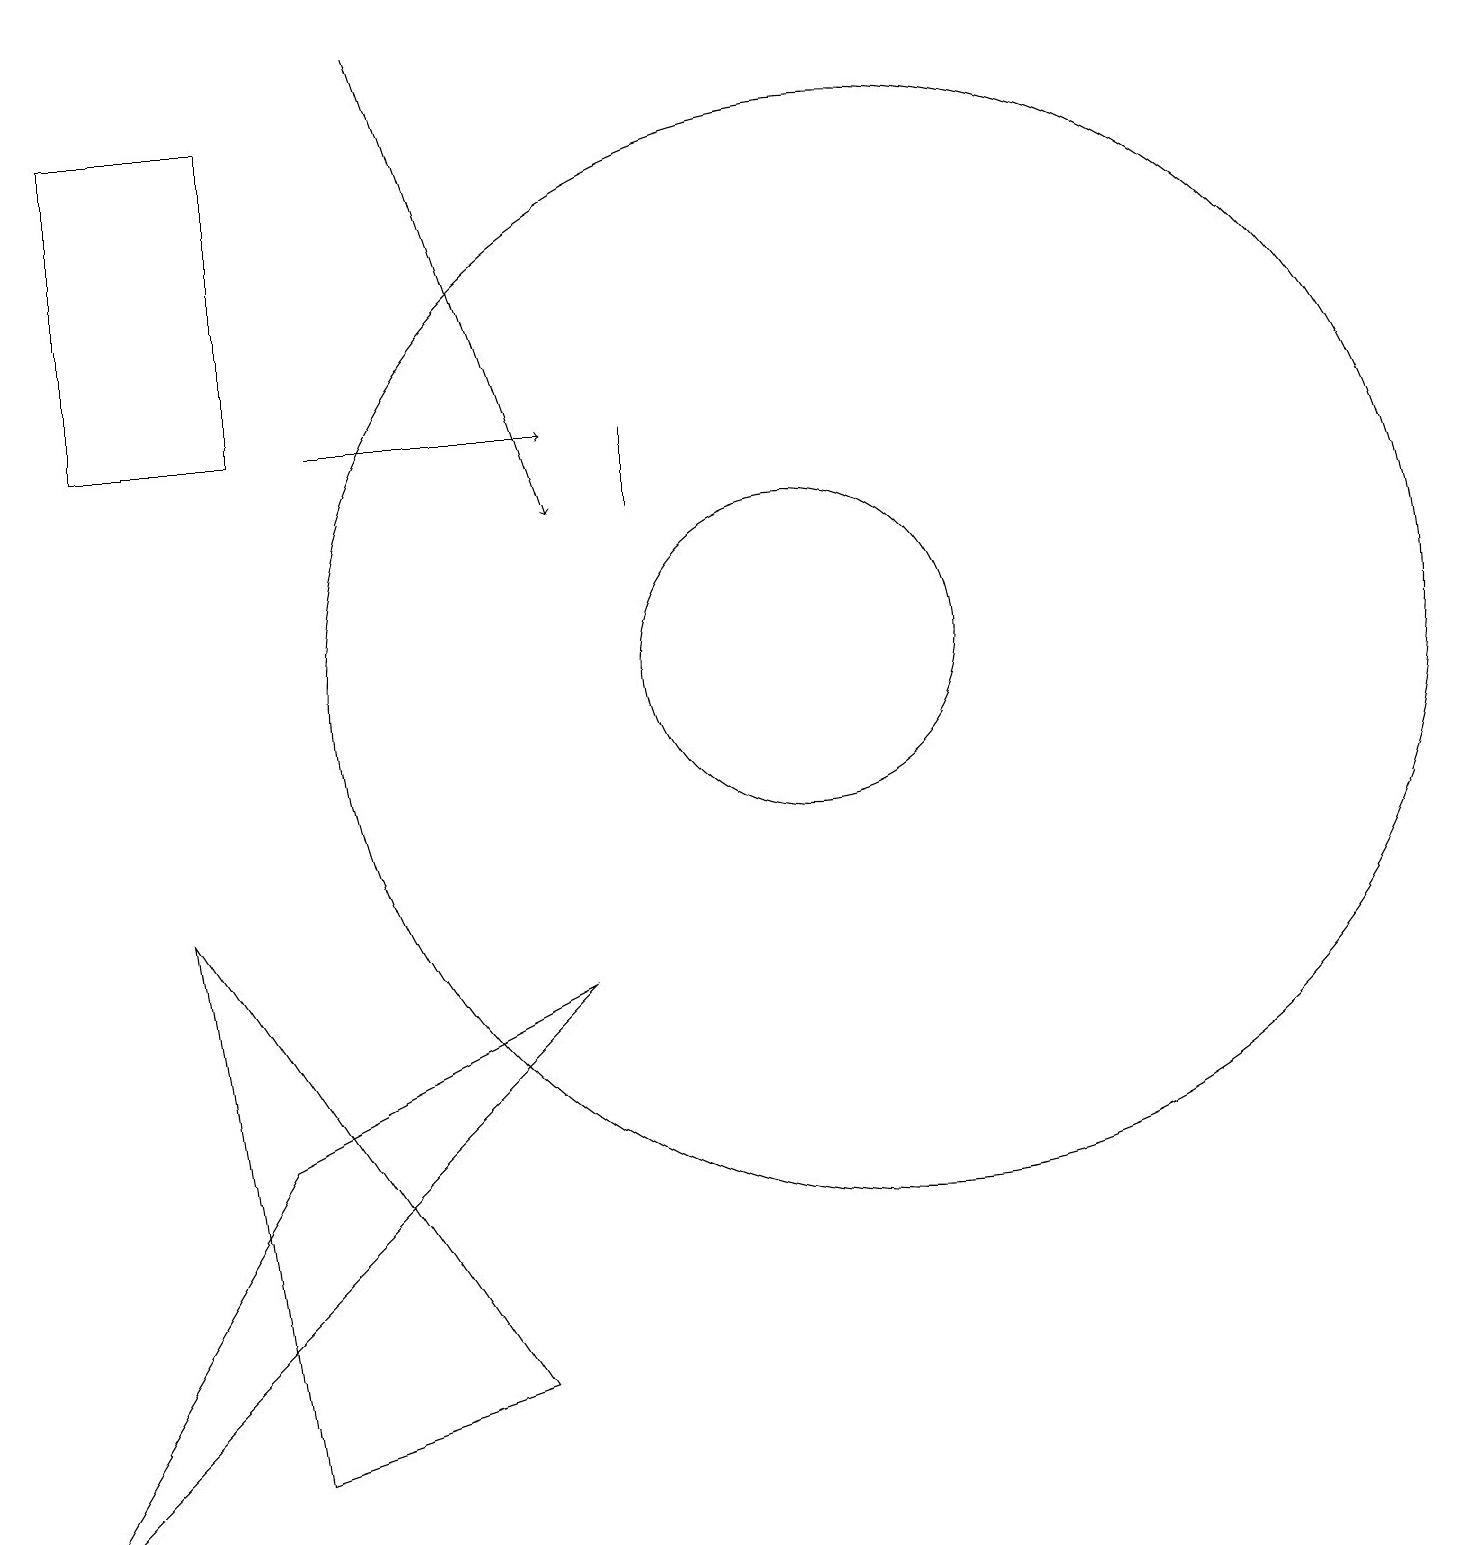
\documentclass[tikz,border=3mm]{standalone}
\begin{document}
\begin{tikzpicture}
\draw (11,11) circle (7);
\draw[->] (5,19) -- (7,13);
\draw (8,13) rectangle (8,14);
\draw (6,2) -- (3,1) -- (2,8) -- cycle;
\draw (3,18) rectangle (1,14);
\draw (10,11) circle (2);
\draw (3,5) -- (0,0) -- (7,7) -- cycle;
\draw[->] (4,14) -- (7,14);
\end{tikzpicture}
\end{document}